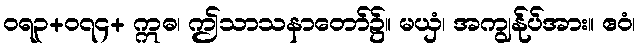
ဝရ၃+၀၇၄+ ဣဓ၊ ဤသာသနာတော်၌။ မယှံ၊ အကျွန်ုပ်အား။ ဧဝံ၊